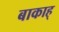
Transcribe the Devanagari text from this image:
बाकाह्